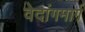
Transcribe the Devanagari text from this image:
वेदांगमार्ग